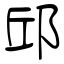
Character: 邱